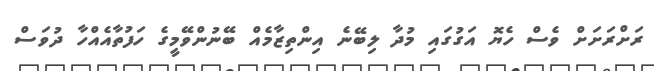
ރަށްރަށަށް ވެސް ހެޔޮ އަގުގައި މުދާ ލިބޭނެ އިންތިޒާމެއް ބޭނުންވޭމީގެ ހަފުތާއެއްހާ ދުވަސް